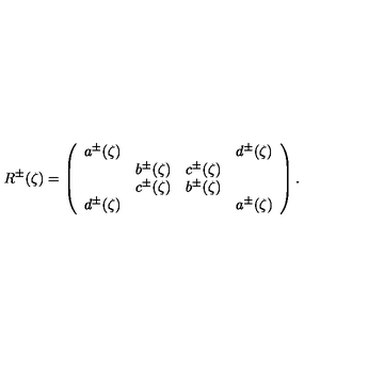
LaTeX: R ^ { \pm } ( \zeta ) = \left( \begin{array} { c c c c } { a ^ { \pm } ( \zeta ) } & { } & { } & { d ^ { \pm } ( \zeta ) } \\ { } & { b ^ { \pm } ( \zeta ) } & { c ^ { \pm } ( \zeta ) } & { } \\ { } & { c ^ { \pm } ( \zeta ) } & { b ^ { \pm } ( \zeta ) } & { } \\ { d ^ { \pm } ( \zeta ) } & { } & { } & { a ^ { \pm } ( \zeta ) } \\ \end{array} \right) .